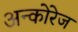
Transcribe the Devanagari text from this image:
अन्कोरेज